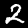
Label: 2